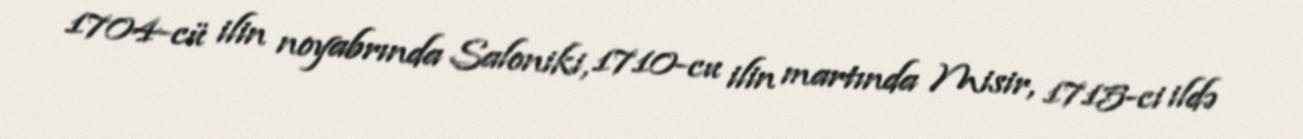
1704-cü ilin noyabrında Saloniki, 1710-cu ilin martında Misir, 1715-ci ildə